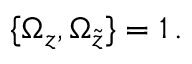
{ \{ \Omega _ { z } , \Omega _ { \tilde { z } } \} } = 1 \, .